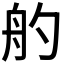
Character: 𦨓